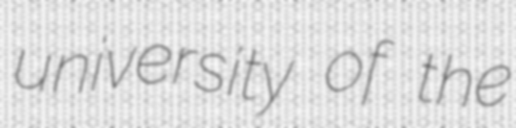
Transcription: university of the